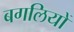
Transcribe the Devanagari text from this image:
बगलियों